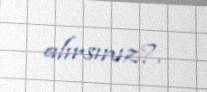
alırsınız?.